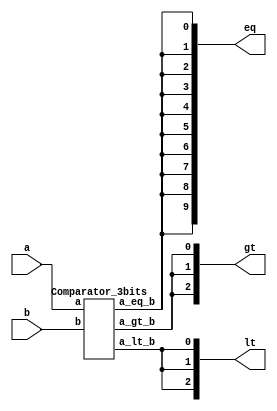
`timescale 1ns/1ps

module Comparator_3bits_top (a, b, gt, eq, lt);
input [3-1:0] a, b;
output [3-1:0] gt, lt;
output [10-1:0] eq;
wire g, e, l;
wire ng, ne, nl;

Comparator_3bits cmp3bits (
    .a (a),
    .b (b),
    .a_lt_b (l),
    .a_gt_b (g),
    .a_eq_b (e)
);

not not_g (ng, g);
not out_g0 (gt[0], ng);
not out_g1 (gt[1], ng);
not out_g2 (gt[2], ng);

not not_l (nl, l);
not out_l0 (lt[0], nl);
not out_l1 (lt[1], nl);
not out_l2 (lt[2], nl);

not not_e (ne, e);
not out_e0 (eq[0], ne);
not out_e1 (eq[1], ne);
not out_e2 (eq[2], ne);
not out_e3 (eq[3], ne);
not out_e4 (eq[4], ne);
not out_e5 (eq[5], ne);
not out_e6 (eq[6], ne);
not out_e7 (eq[7], ne);
not out_e8 (eq[8], ne);
not out_e9 (eq[9], ne);

endmodule

module Comparator_3bits (a, b, a_lt_b, a_gt_b, a_eq_b);
input [3-1:0] a, b;
output a_lt_b, a_gt_b, a_eq_b;
wire [3-1:0] lt, gt, eq;
wire [2-1:0] lt_w, gt_w;

Comparator_1bit cmp0 (
    .a (a[0]),
    .b (b[0]),
    .lt (lt[0]),
    .gt (gt[0]),
    .eq (eq[0])
);

Comparator_1bit cmp1 (
    .a (a[1]),
    .b (b[1]),
    .lt (lt[1]),
    .gt (gt[1]),
    .eq (eq[1])
);

Comparator_1bit cmp2 (
    .a (a[2]),
    .b (b[2]),
    .lt (lt[2]),
    .gt (gt[2]),
    .eq (eq[2])
);

and and_lt1 (lt_w[0], eq[2], lt[1]);
and and_lt2 (lt_w[1], eq[2], eq[1], lt[0]);
or out_lt (a_lt_b, lt[2], lt_w[1], lt_w[0]);

and and_gt1 (gt_w[0], eq[2], gt[1]);
and and_gt2 (gt_w[1], eq[2], eq[1], gt[0]);
or out_gt (a_gt_b, gt[2], gt_w[1], gt_w[0]);

and out_eq (a_eq_b, eq[2], eq[1], eq[0]);

endmodule

module Comparator_1bit (a, b, lt, gt, eq);
input a, b;
output lt, gt, eq;
wire na, nb;

not not_a (na, a);
not not_b (nb, b);

and out_lt (lt, na, b);
and out_gt (gt, a, nb);
nor out_eq (eq, lt, gt);

endmodule